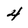
Character: 4